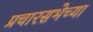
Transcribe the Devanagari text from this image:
प्रचारसभेच्या